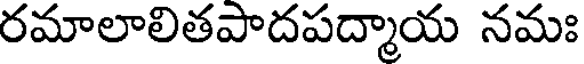
రమాలాలితపాదపద్మాయ నమః